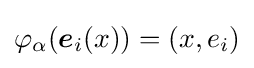
\varphi _{\alpha }({\boldsymbol {e}}_{i}(x))=(x,e_{i})